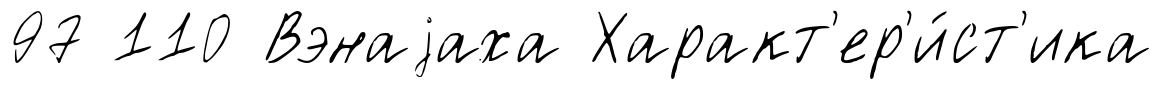
97 110 Вэнаjаха Характ'ер'и́ст'ика